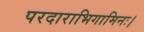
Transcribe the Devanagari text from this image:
परदाराभिगामिनः।